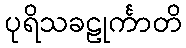
ပုရိသခဠုင်္ကာတိ